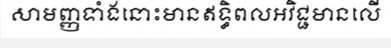
សាមញ្ញទាំងនោះមានឥទ្ធិពលអវិជ្ជមានលើ